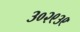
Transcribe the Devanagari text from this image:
३०२९३९